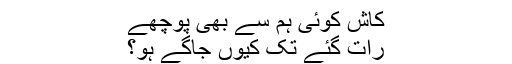
کاش کوئی ہم سے بھی پوچھے
رات گئے تک کیوں جاگے ہو؟